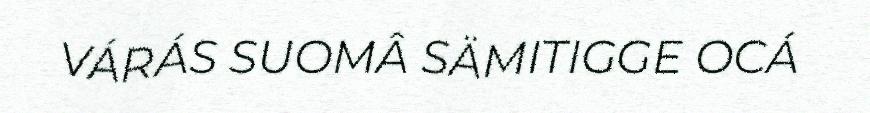
VÁRÁS SUOMÂ SÄMITIGGE OCÁ